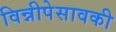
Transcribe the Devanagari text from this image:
विन्नीपेसावकी